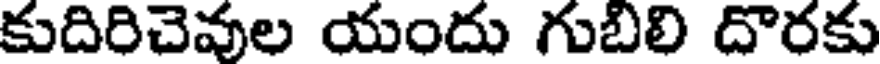
కుదిరిచెవుల యందు గుబిలి దొరకు